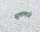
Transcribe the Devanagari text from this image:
सुत्तामध्ये